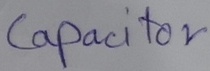
Text: Capacitor